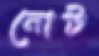
নোট